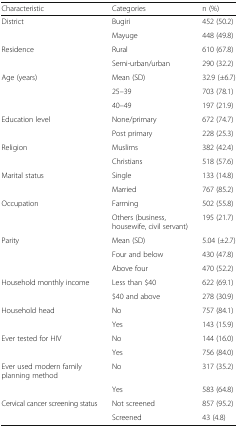
| Characteristic | Categories | n (%) |
 | --- | --- | --- |
 | District | Bugiri | 452 (50.2) |
 |  | Mayuge | 448 (49.8) |
 | Residence | Rural | 610 (67.8) |
 |  | Semi-urban/urban | 290 (32.2) |
 | Age (years) | Mean (SD) | 32.9 (±6.7) |
 |  | 25–39 | 703 (78.1) |
 |  | 40–49 | 197 (21.9) |
 | Education level | None/primary | 672 (74.7) |
 |  | Post primary | 228 (25.3) |
 | Religion | Muslims | 382 (42.4) |
 |  | Christians | 518 (57.6) |
 | Marital status | Single | 133 (14.8) |
 |  | Married | 767 (85.2) |
 | Occupation | Farming | 502 (55.8) |
 |  | Others (business, housewife, civil servant) | 195 (21.7) |
 | Parity | Mean (SD) | 5.04 (±2.7) |
 |  | Four and below | 430 (47.8) |
 |  | Above four | 470 (52.2) |
 | Household monthly income | Less than $40 | 622 (69.1) |
 |  | $40 and above | 278 (30.9) |
 | Household head | No | 757 (84.1) |
 |  | Yes | 143 (15.9) |
 | Ever tested for HIV | No | 144 (16.0) |
 |  | Yes | 756 (84.0) |
 | Ever used modern family planning method | No | 317 (35.2) |
 |  | Yes | 583 (64.8) |
 | Cervical cancer screening status | Not screened | 857 (95.2) |
 |  | Screened | 43 (4.8) |